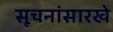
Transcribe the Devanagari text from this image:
सूचनांसारखे